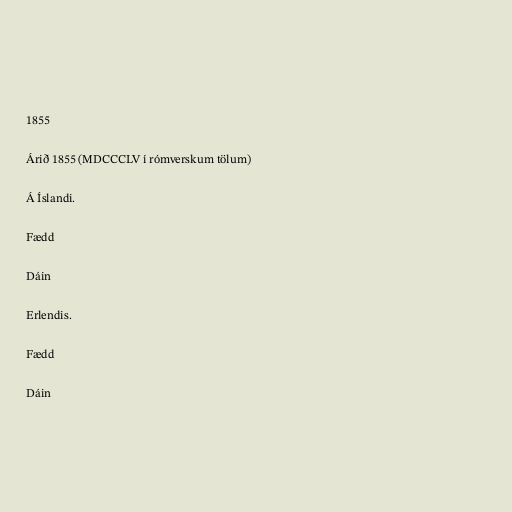
1855

Árið 1855 (MDCCCLV í rómverskum tölum)

Á Íslandi.

Fædd

Dáin

Erlendis.

Fædd

Dáin